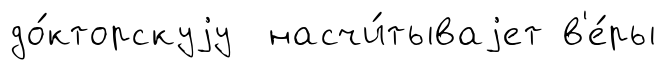
до́кторскуjу насчи́тываjет в'е́ры